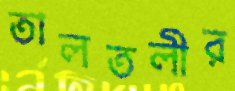
তালতলীর